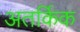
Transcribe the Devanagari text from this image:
अतर्किक